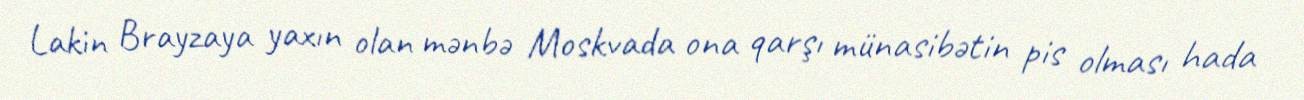
Lakin Brayzaya yaxın olan mənbə Moskvada ona qarşı münasibətin pis olması hada